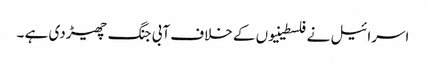
اسرائیل نے فلسطینیوں کے خلاف آبی جنگ چھیڑدی ہے ۔